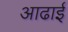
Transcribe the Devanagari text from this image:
आढाई